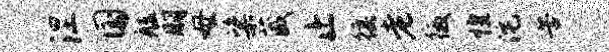
涅国艋朋母粢葳止徭老徼惶沱苦